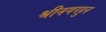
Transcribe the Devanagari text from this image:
श्रीनगरहुन